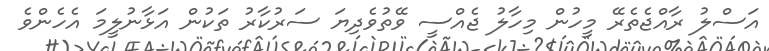
އަސްލު ރާއްޖެތެރޭ މީހުން މިހާލު ޖެއްސީ ވޭތުވެދިޔަ ސަރުކާރު ތަކުން އަޅާނުލީމަ އެހެންވެ